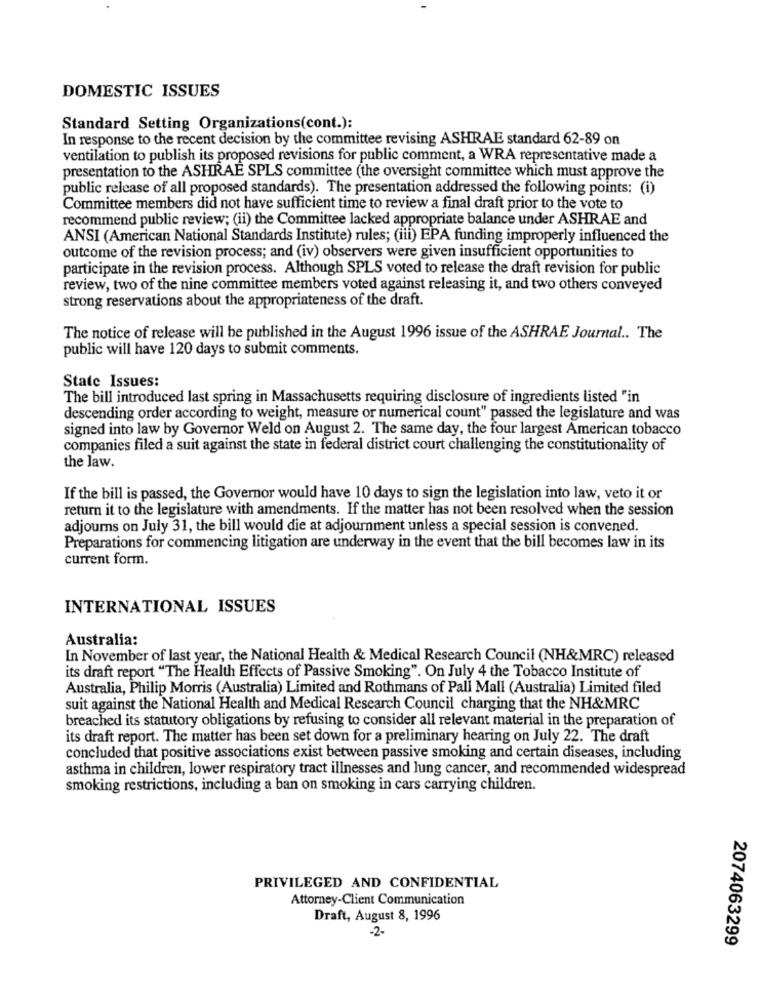
DOMESTIC ISSUES
Standard Setting Organizations(cont.):
In response to the recent decision by the committee revising ASHRAE standard 62-89 on
ventilation to publish its proposed revisions for public comment, a WRA representative made a
presentation to the ASHRAE SPLS committee (the oversight committee which must approve the
public release of all proposed standards). The presentation addressed the following points: (i)
Committee members did not have sufficient time to review a final draft prior to the vote to
recommend public review; (ii) the Committee lacked appropriate balance under ASHRAE and
ANSI (American National Standards Institute) rules; (iii) EPA funding improperly influenced the
outcome of the revision process; and (iv) observers were given insufficient opportunities to
participate in the revision process. Although SPLS voted to release the draft revision for public
review, two of the nine committee members voted against releasing it, and two others conveyed
strong reservations about the appropriateness of the draft.
The notice of release will be published in the August 1996 issue of the ASHRAE Journal .. The
public will have 120 days to submit comments.
State Issues:
The bill introduced last spring in Massachusetts requiring disclosure of ingredients listed "in
descending order according to weight, measure or numerical count" passed the legislature and was
signed into law by Governor Weld on August 2. The same day, the four largest American tobacco
companies filed a suit against the state in federal district court challenging the constitutionality of
the law.
If the bill is passed, the Governor would have 10 days to sign the legislation into law, veto it or
return it to the legislature with amendments. If the matter has not been resolved when the session
adjours on July 31, the bill would die at adjournment unless a special session is convened.
Preparations for commencing litigation are underway in the event that the bill becomes law in its
current form.
INTERNATIONAL ISSUES
Australia:
In November of last year, the National Health & Medical Research Council (NH&MRC) released
its draft report "The Health Effects of Passive Smoking". On July 4 the Tobacco Institute of
Australia, Philip Morris (Australia) Limited and Rothmans of Pall Mall (Australia) Limited filed
suit against the National Health and Medical Research Council charging that the NH&MRC
breached its statutory obligations by refusing to consider all relevant material in the preparation of
its draft report. The matter has been set down for a preliminary hearing on July 22. The draft
concluded that positive associations exist between passive smoking and certain diseases, including
asthma in children, lower respiratory tract illnesses and lung cancer, and recommended widespread
smoking restrictions, including a ban on smoking in cars carrying children.
PRIVILEGED AND CONFIDENTIAL
Attorney-Client Communication
Draft, August 8, 1996
-2-
2074063299